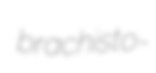
brachisto-